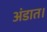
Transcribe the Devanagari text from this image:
अंडात।